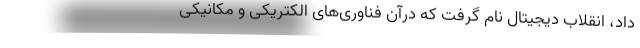
داد، انقلاب دیجیتال نام گرفت که درآن فناوری‌های الکتریکی و مکانیکی